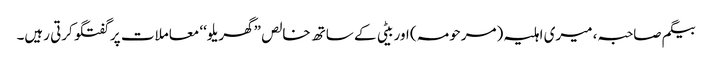
بیگم صاحبہ، میری اہلیہ (مرحومہ) اور بیٹی کے ساتھ خالص ”گھریلو‘‘ معاملات پر گفتگو کرتی رہیں۔